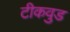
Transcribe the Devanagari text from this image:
टीकवुड